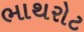
ભાથરોટ